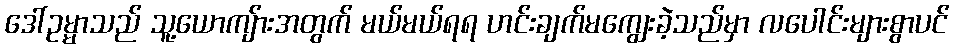
ဒေါ်ဥမ္မာသည် သူ့ယောကျ်ားအတွက် မယ်မယ်ရရ ဟင်းချက်မကျွေးခဲ့သည်မှာ လပေါင်းများစွာပင်